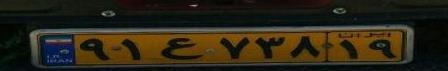
۹۱ع۷۳۸۱۹